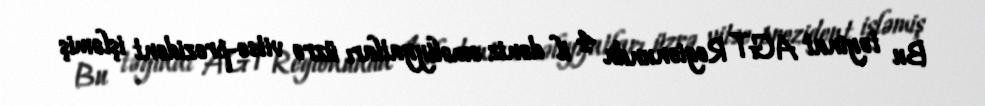
Bu təyinat AGT Regionunda 4 il dəniz əməliyyatları üzrə vitse-prezident işləmiş